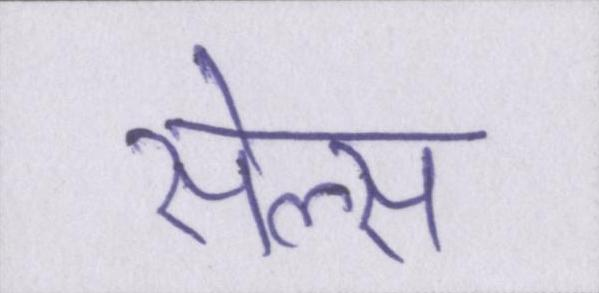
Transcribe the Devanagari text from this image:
सेल्स